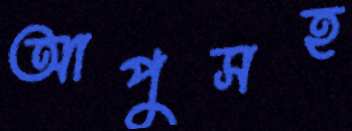
আপুসহ